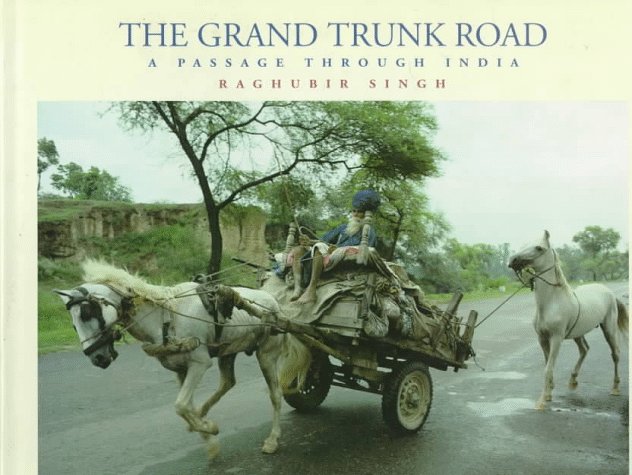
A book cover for The Grand Trunk Road: A Passage Through India; Raghubir Singh; Travel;